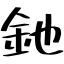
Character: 釶